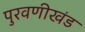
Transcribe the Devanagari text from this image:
पुरवणीखंड